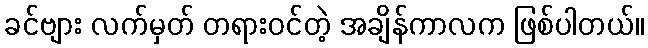
ခင်ဗျား လက်မှတ် တရားဝင်တဲ့ အချိန်ကာလက ဖြစ်ပါတယ်။